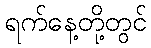
ရက်နေ့တို့တွင်